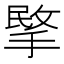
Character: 𢰞